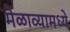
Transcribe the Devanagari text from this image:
मेळाव्यामध्ये